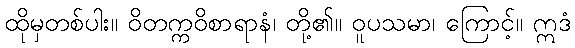
ထိုမှတစ်ပါး။ ဝိတက္ကဝိစာရာနံ၊ တို့၏။ ဝူပသမာ၊ ကြောင့်။ ဣဒံ